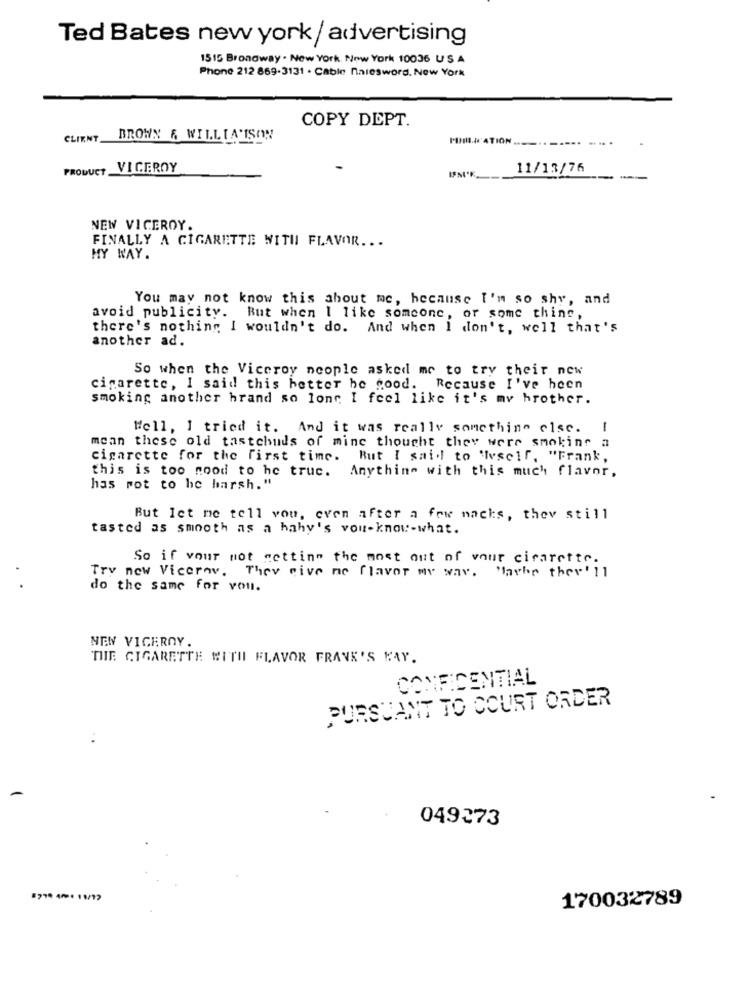
Ted Bates new york / advertising
1515 Broadway . New York, New York 10036 US A
Phone 212 869-3131 . Cable nalesword. New York
COPY DEPT.
CLIENT_
BROWN & WILLTA'ISON
PUM.WC'ATION.
.--..
---...
PRODUCT
VICEROY
11/13/76
NEW VICEROY.
FINALLY A CIGARETTE WITH FLAVOR ...
MY WAY.
You may not know this about me, because I'm so shy, and
avoid publicity. But when I like someone, or some thing,
there's nothing I wouldn't do. And when I don't, well that's
another ad.
So when the Viceroy neople asked me to try their new
cigarette, I said this better be good. Because I've been
smoking another hrand so long I feel like it's my brother.
Well, I tried it. And it was really something else.
mcan these old tastehuds of mine thought they were smoking
- !
cigarette for the first time. But I said to 'Ivself, "Frank,
this is too good to he truc. Anything with this much flavor,
has rot to he harsh. "
But let me tell vou, even after a few nacks, they still
tasted as smooth as a hahy's vou-know-what.
So if vour not getting the most out of your cigarette.
Try new Vicerav. They give me flavor my way. Maybe they' 11
do the same for vou.
NEN VICEROY.
THE CIGARETTE WITH FLAVOR FRANK'S HAY.
CONFIDENTIAL
PURSUANT TO COURT ORDER
049273
#77 401 11/12
170032789